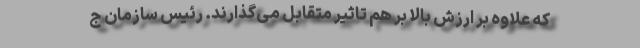
که علاوه بر ارزش بالا بر هم تاثیر متقابل می‌گذارند. رئیس سازمان ج